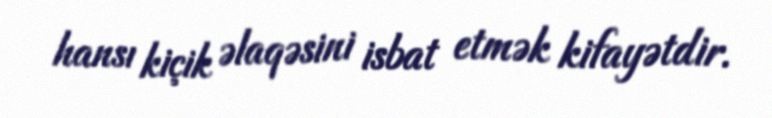
hansı kiçik əlaqəsini isbat etmək kifayətdir.